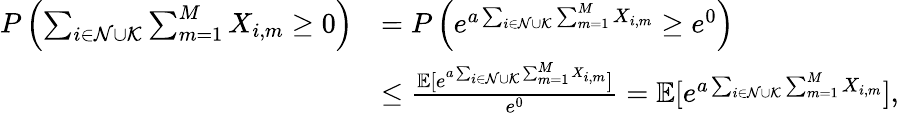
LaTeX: \begin{array}{rl}{P\left(\sum_{i\in\mathcal{N}\cup\mathcal{K}}\sum_{m=1}^{M}X_{i,m}\geq 0\right)}&{=P\left(e^{a\sum_{i\in\mathcal{N}\cup\mathcal{K}}\sum_{m=1}^{M}X_{i,m}}\geq e^{0}\right)}\\ &{\leq\frac{\mathbb{E}[e^{a\sum_{i\in\mathcal{N}\cup\mathcal{K}}\sum_{m=1}^{M}X_{i,m}}]}{e^{0}}=\mathbb{E}[e^{a\sum_{i\in\mathcal{N}\cup\mathcal{K}}\sum_{m=1}^{M}X_{i,m}}],}\end{array}